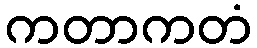
ကတာကတံ